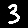
Digit: 3